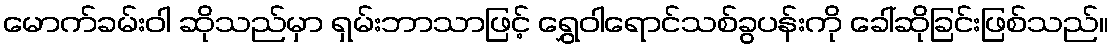
မောက်ခမ်းဝါ ဆိုသည်မှာ ရှမ်းဘာသာဖြင့် ရွှေဝါရောင်သစ်ခွပန်းကို ခေါ်ဆိုခြင်းဖြစ်သည်။